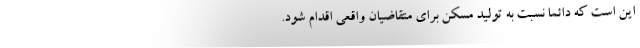
این است که دائما نسبت به تولید مسکن برای متقاضیان واقعی اقدام شود.